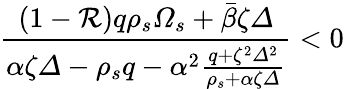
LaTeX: \frac{\left(1-\mathcal{R}\right)q\rho_{s}\varOmega_{s}+\bar{\beta}\zeta\varDelta}{\alpha\zeta\varDelta-\rho_{s}q-\alpha^{2}\frac{q+\zeta^{2}\varDelta^{2}}{\rho_{s}+\alpha\zeta\varDelta}}<0